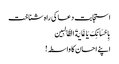
استجابت دعا کی راہ شناخت
بِاِحْسَانِکَ یَا غَایَةَ الطَّالِبِین
اپنے احسان کا واسطہ!